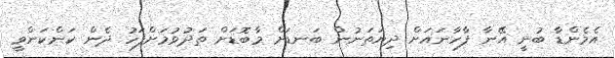
އެމެންޑާ ބުނީ އޭނާ ފާހާނައަށް ދިޔަތަނުން ބަނޑަށް މާބޮޑަށް ތަދުވުމަށްފަހު ދެން ކަންކަންވީ